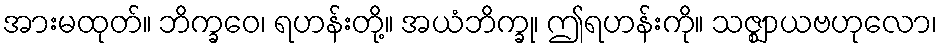
အားမထုတ်။ ဘိက္ခဝေ၊ ရဟန်းတို့။ အယံဘိက္ခု၊ ဤရဟန်းကို။ သဇ္ဈာယဗဟုလော၊